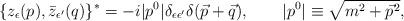
LaTeX: \begin{align*}\{ z_\epsilon(p) , \bar{z}_{\epsilon^\prime}(q) \}^*= - i |p^0| \delta_{\epsilon\epsilon^\prime}\delta(\vec{p} + \vec{q}), \qquad|p^0| \equiv \sqrt{m^2 + \vec{p}^2},\end{align*}